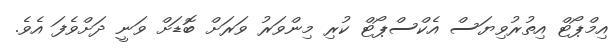
އިމްޕޯޓް އިތުރުވިޔަސް އެކްސްޕޯޓް ކުރި މިންވަރު ވަރަށް ބޮޑަށް ވަނީ ދަށްވެފަ އެވެ.